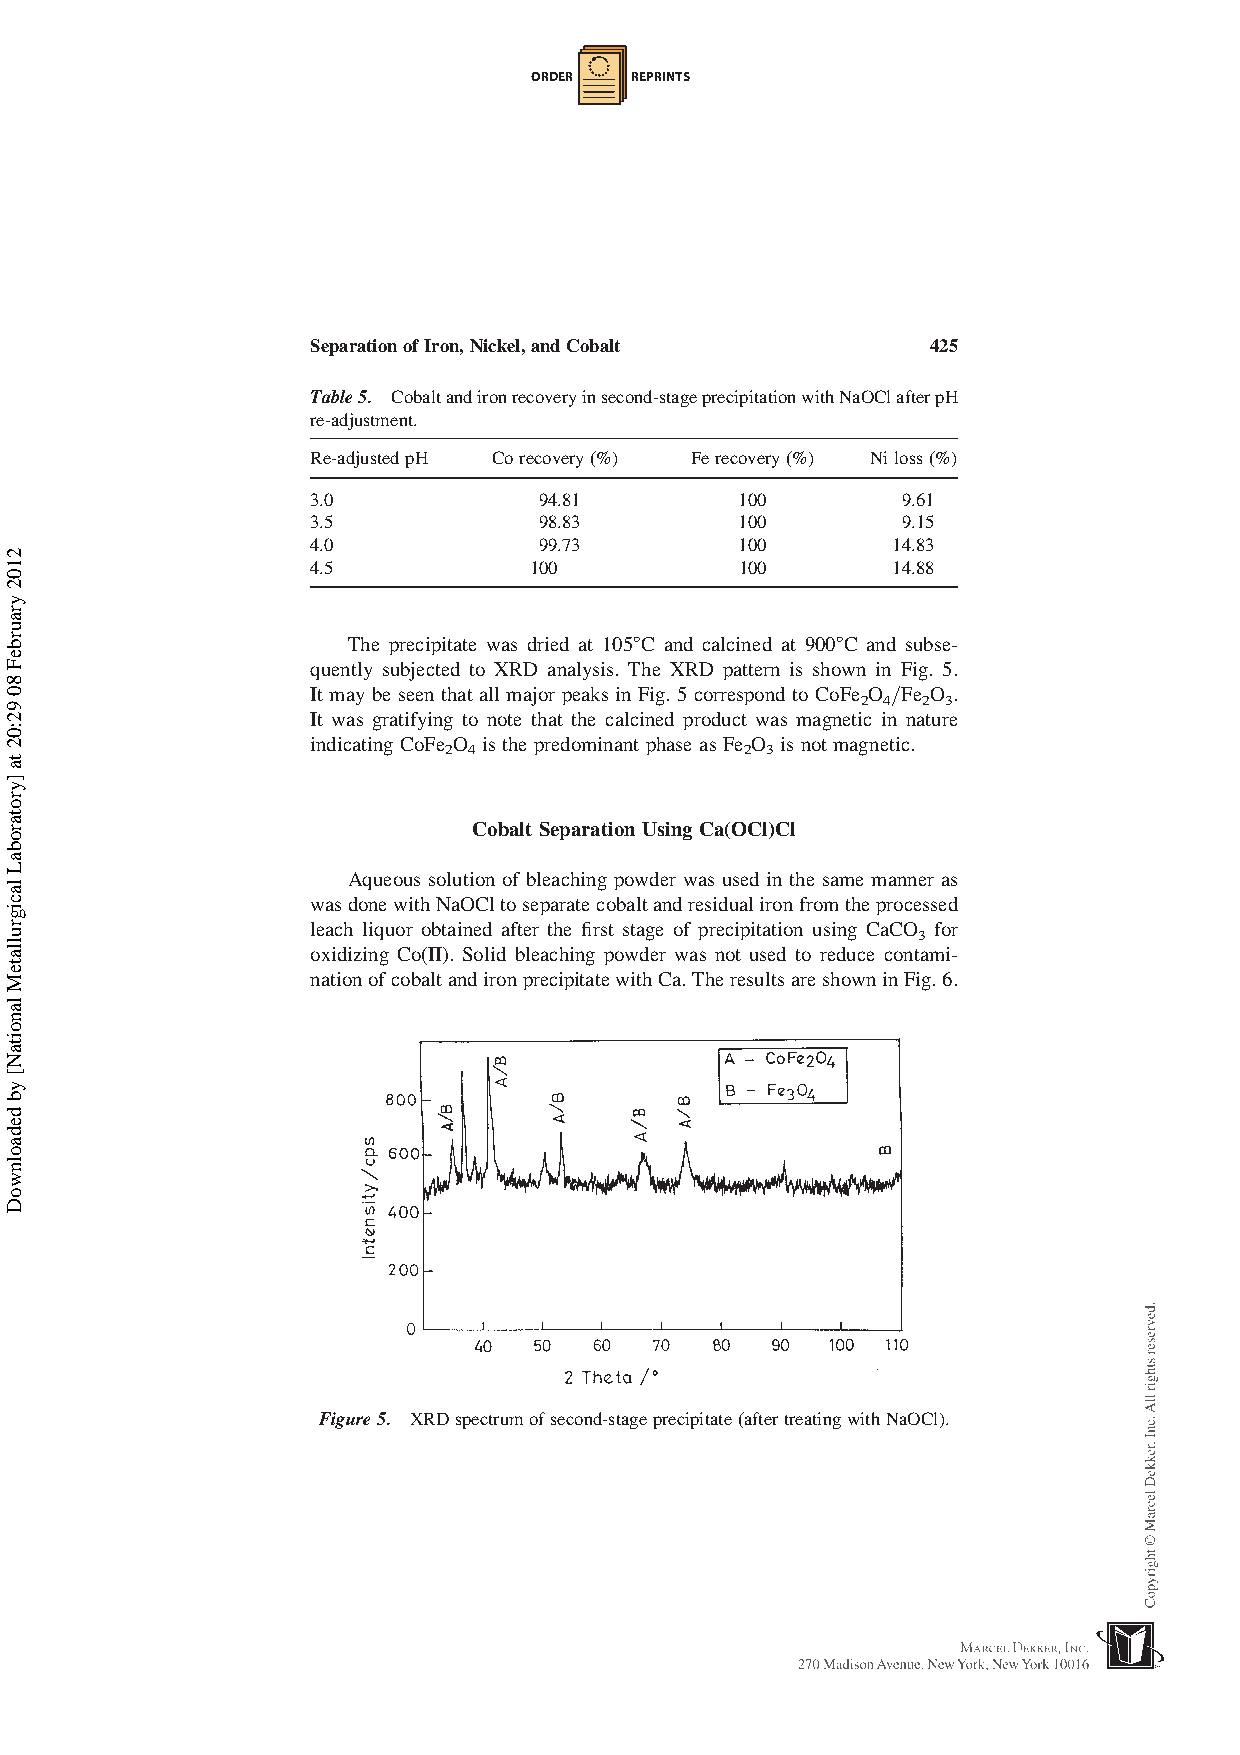
ORDER  REPRINTS
 SeparationofIron,Nickel,andCobalt        425
 Table5. Cobaltandironrecoveryinsecond-stageprecipitationwithNaOClafterpH
 re-adjustment.
 Re-adjustedpH Corecovery(%) Ferecovery(%) Niloss(%)
 3.0            94.81        100        9.61
 3.5            98.83        100        9.15
 4.0            99.73        100       14.83
 4.5           100           100       14.88
 The precipitate was dried at 1058C and calcined at 9008C and subse-
 quently subjected to XRD analysis. The XRD pattern is shown in Fig. 5.
 It may be seen that all major peaks in Fig. 5 correspond to CoFe2O4/Fe2O3.
 It was gratifying to note that the calcined product was magnetic in nature
 indicating CoFe2O4is the predominant phase asFe2O3 is notmagnetic.
 Cobalt SeparationUsing Ca(OCl)Cl
 Aqueous solution of bleaching powder was used in the same manner as
 wasdonewithNaOCltoseparatecobaltandresidualironfromtheprocessed
 leach liquor obtained after the first stage of precipitation using CaCO3 for
 oxidizing Co(II). Solid bleaching powder was not used to reduce contami-
 nationofcobaltandironprecipitatewithCa.TheresultsareshowninFig.6.
 Figure5. XRDspectrumofsecond-stageprecipitate(aftertreatingwithNaOCl).
 2102
 yraurbeF
 80
 92:02
 ta
 ]yrotarobaL
 lacigrullateM
 lanoitaN[
 yb
 dedaolnwoD